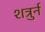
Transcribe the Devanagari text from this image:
शत्रुर्न